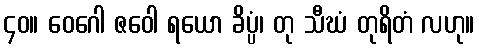
၄၀။ ဝေဂေါ ဇဝေါ ရယော ခိပ္ပံ၊ တု သီဃံ တုရိတံ လဟု။